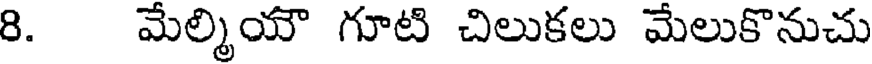
8. మేల్మియౌ గూటి చిలుకలు మేలుకొనుచు